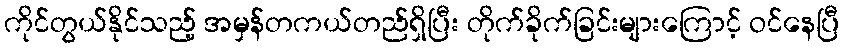
ကိုင်တွယ်နိုင်သည့် အမှန်တကယ်တည်ရှိပြီး တိုက်ခိုက်ခြင်းများကြောင့် ဝင်နေပြီ